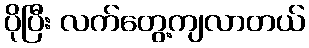
ပိုပြီး လက်တွေ့ကျလာတယ်